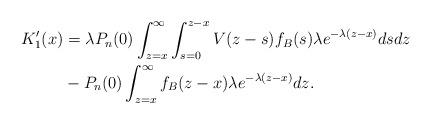
LaTeX: \begin{align*} K_{1}'(x) &= \lambda P_n(0)\int_{z=x}^{\infty}\int_{s=0}^{z-x} V(z-s)f_{B}(s) \lambda e^{-\lambda(z-x)} ds dz \\ & - P_n(0)\int_{z=x}^{\infty} f_{B}(z-x) \lambda e^{-\lambda(z-x)} dz.\end{align*}